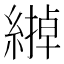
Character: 𦄹